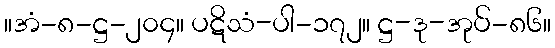
။အံ-၈-ဋ္ဌ-၂၀၄။ ပဋိသံ-ပါ-၁၇၂။ ဋ္ဌ-ဒု-အုပ်-၈၆။